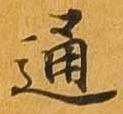
通